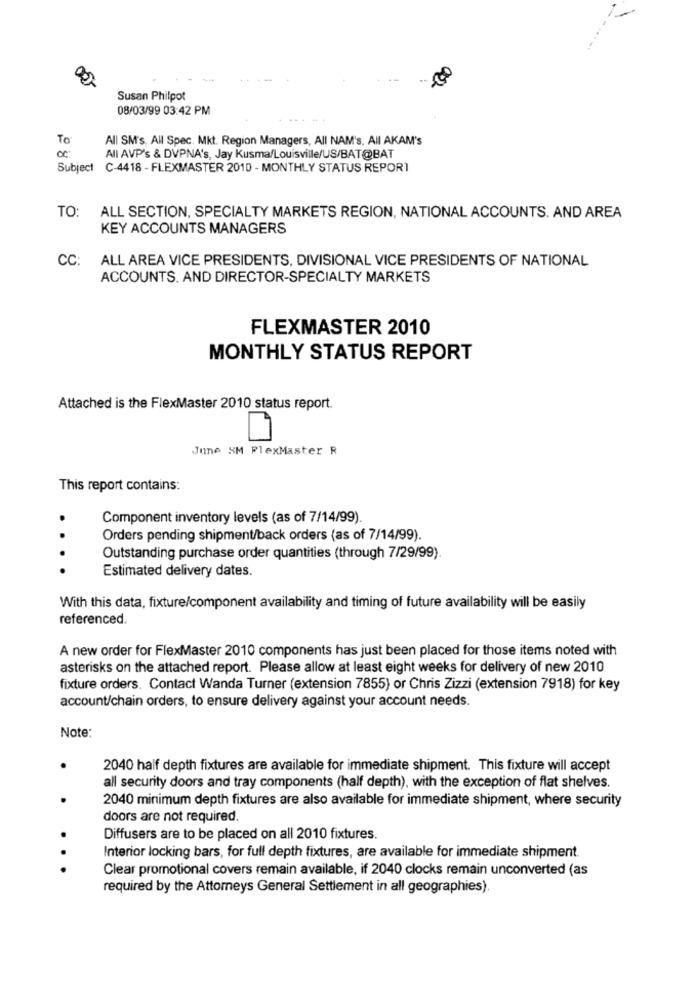
00
Susan Philpot
08/03/99 03:42 PM
To
All SM's, All Spec. Mkt. Region Managers, All NAM's, All AKAM's
All AVP's & DVPNA's, Jay Kusma/Louisville/US/BAT@BAT
Subject C-4418 - FLEXMASTER 2010 - MONTHLY STATUS REPORT
TO: ALL SECTION, SPECIALTY MARKETS REGION, NATIONAL ACCOUNTS. AND AREA
KEY ACCOUNTS MANAGERS
CC:
ALL AREA VICE PRESIDENTS, DIVISIONAL VICE PRESIDENTS OF NATIONAL
ACCOUNTS. AND DIRECTOR-SPECIALTY MARKETS
FLEXMASTER 2010
MONTHLY STATUS REPORT
Attached is the FlexMaster 2010 status report.
June SM PlexMaster R
This report contains:
Component inventory levels (as of 7/14/99)
Orders pending shipment/back orders (as of 7/14/99).
Outstanding purchase order quantities (through 7/29/99).
Estimated delivery dates.
With this data, fixture/component availability and timing of future availability will be easily
referenced.
A new order for FlexMaster 2010 components has just been placed for those items noted with
asterisks on the attached report. Please allow at least eight weeks for delivery of new 2010
fixture orders. Contact Wanda Turner (extension 7855) or Chris Zizzi (extension 7918) for key
account/chain orders, to ensure delivery against your account needs.
Note:
2040 half depth fixtures are available for immediate shipment. This fixture will accept
all security doors and tray components (half depth), with the exception of flat shelves.
2040 minimum depth fixtures are also available for immediate shipment, where security
doors are not required.
Diffusers are to be placed on all 2010 fixtures.
Interior locking bars, for full depth fixtures, are available for immediate shipment.
.. .
Clear promotional covers remain available, if 2040 clocks remain unconverted (as
required by the Attorneys General Settlement in all geographies)